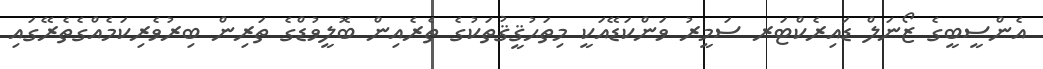
އެންސީބީގެ ޒޯނަލް ޑައިރެކްޓަރ ސަމީރު ވަންކަޑޭއަކީ މިތަޙުޤީޤުތަކުގެ ތެރެއިން ބޮލީވުޑްގެ ތަރިން ބިރުވެރިކަމެއްގެތެރޭގައި